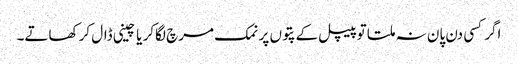
اگر کسی دن پان نہ ملتا تو پیپل کے پتوں پر نمک مرچ لگاکر یا چینی ڈال کر کھاتے۔